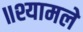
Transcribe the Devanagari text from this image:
॥श्यामले